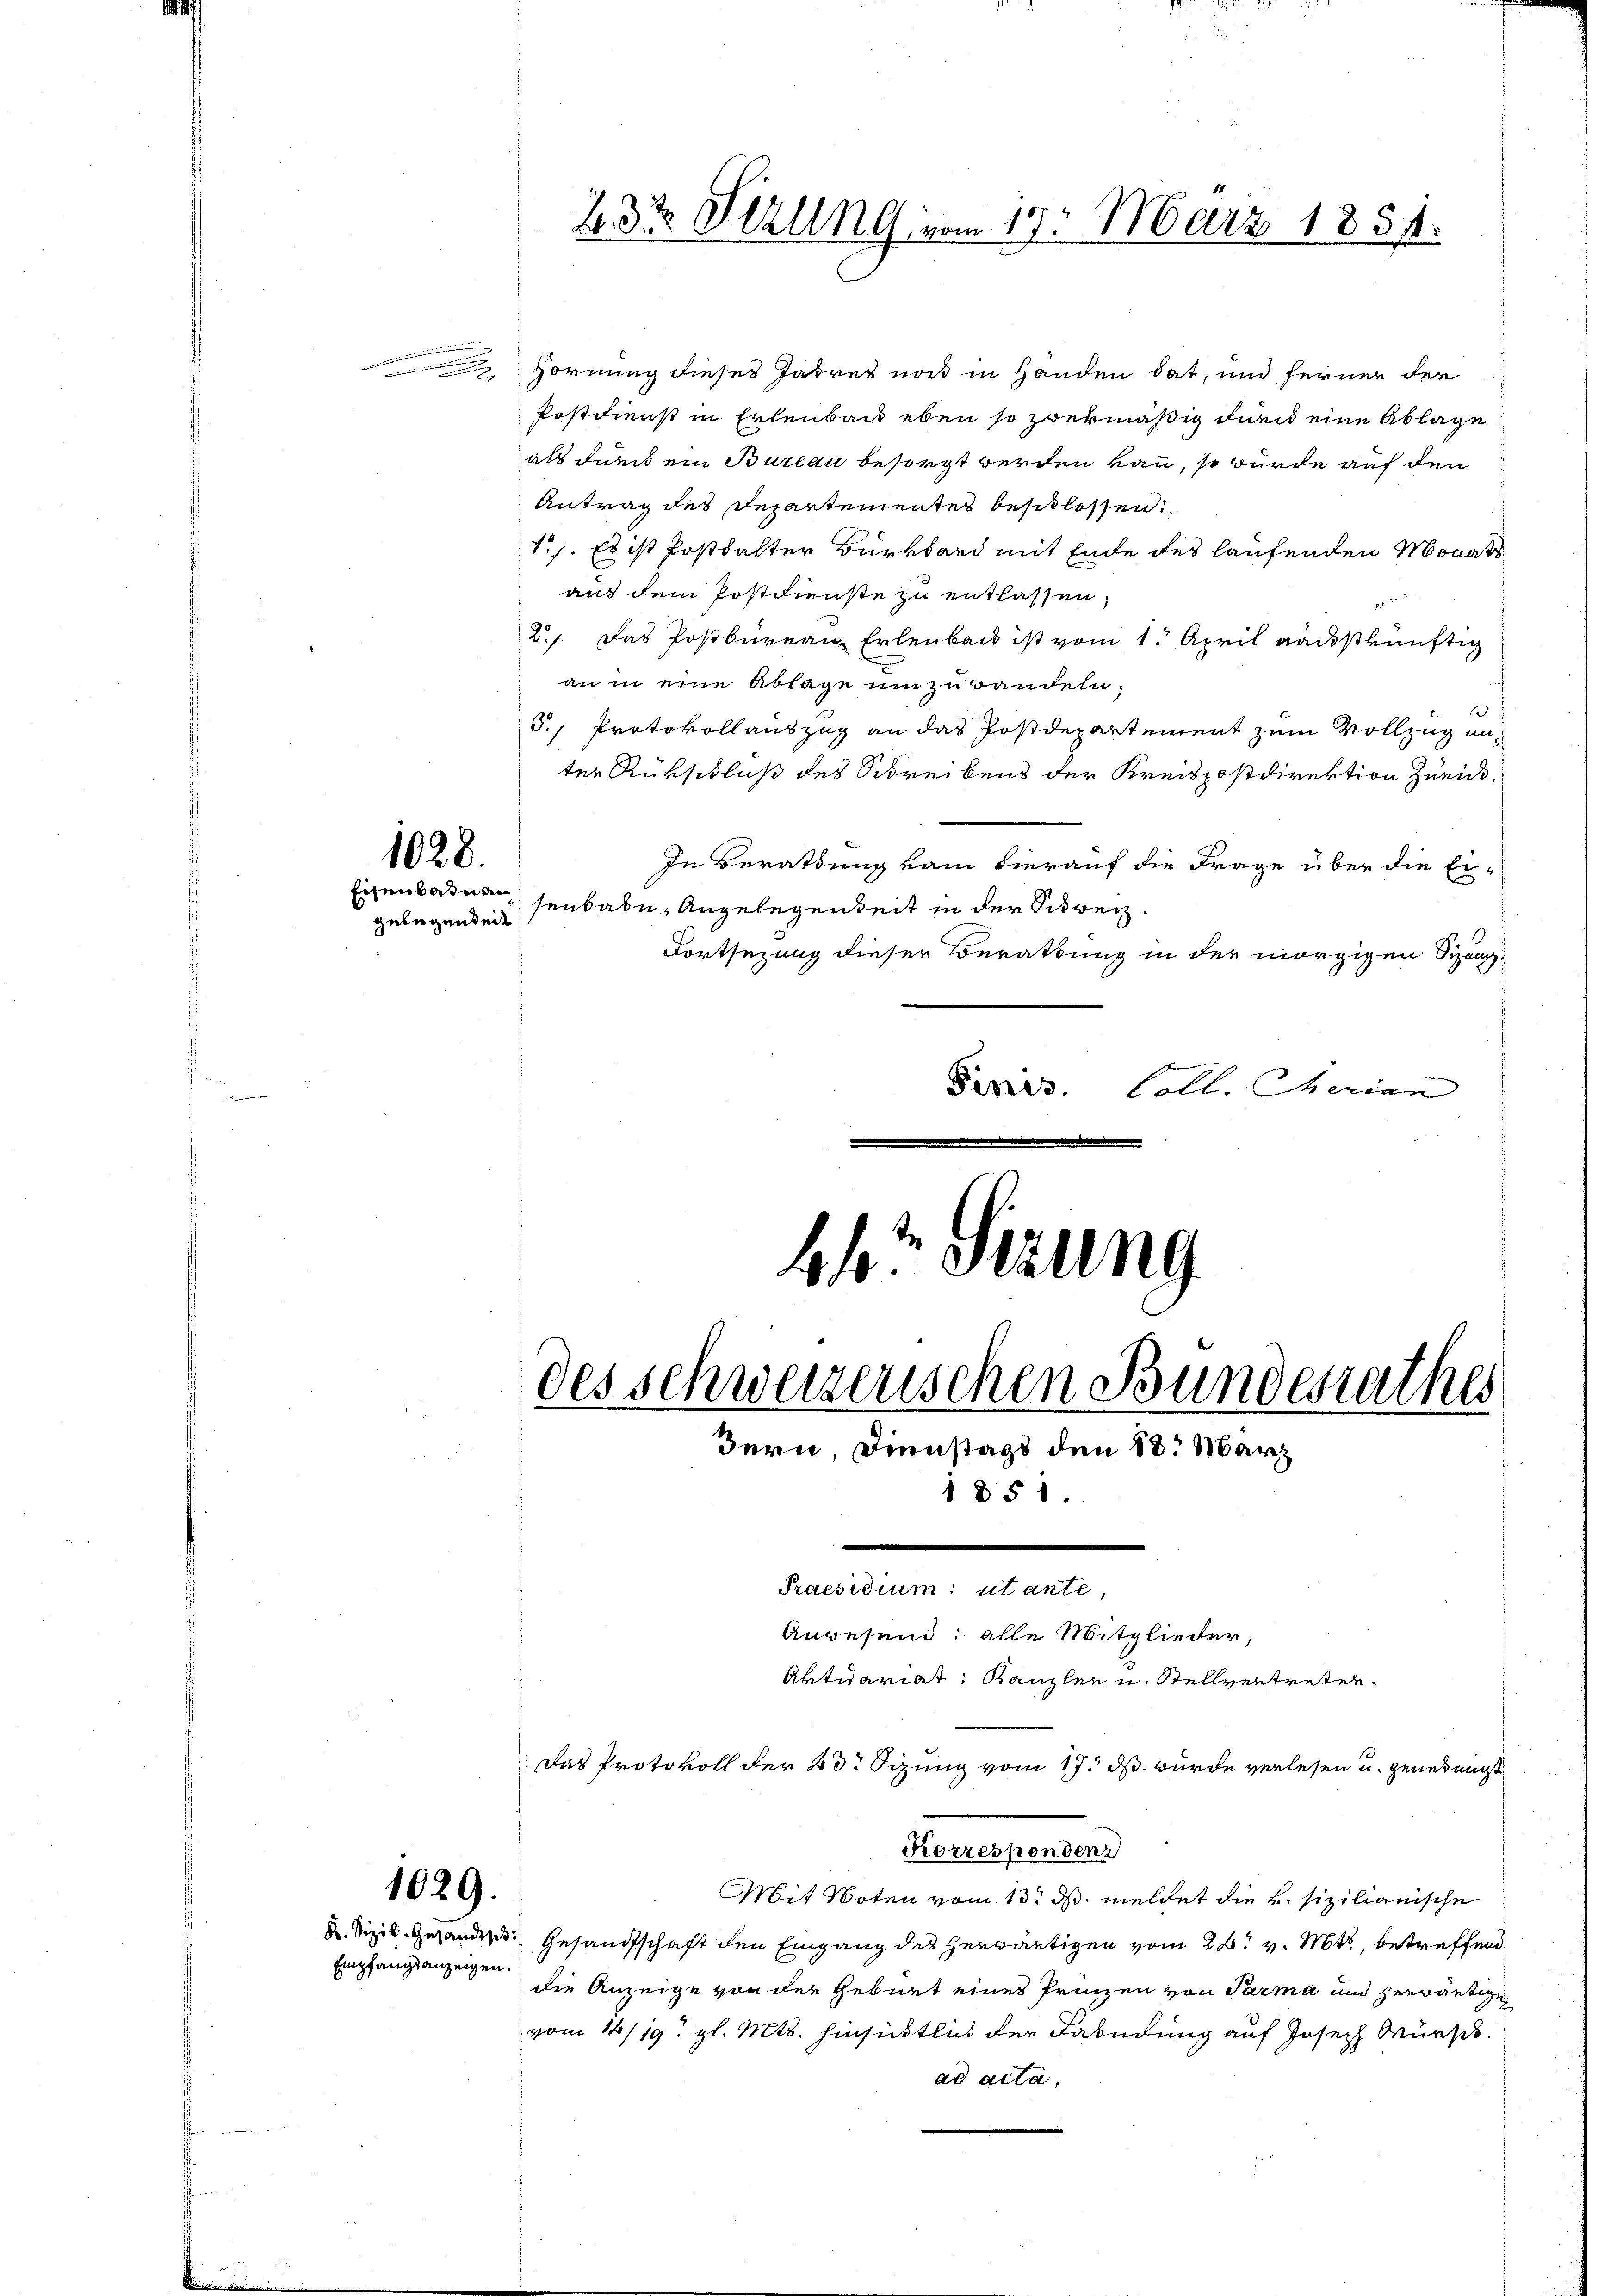
weiten
.

1028.
gelegenheit

Hornung dieses Jahres nos in Handen hat, und ferner der
Postdienst in Erlenbach eben so zwekmäßig durch eine Ablage
als durch ein Bureau besorgt werden kann, so würde auf den
Antrag des Departementes beschlossen.
1). Es ist Posthalter Burkhard mit Ende des laufenden Monats
aus dem Postdienste zu entlassen,
2. Das Postbüreau, Erlenbau ist vom 1. April aauskünftig
an in eine Ablage umzuwandeln.
1
5., Protokollauszug an das Postdepartement zum Vollzug anter Rükschluß des Schreibens der Kreispostdirektion Zürich.
In Berathung vom hierauf die Frage über die Ei-
Eisenbahnen, senkabe, Angelegenheit in der Schweiz.
Fortsezung dieser Berathung in der morgigen Sizang¬
Siris. Coll. Merian

1029.
Empfangsanzeigen.

23t Sezung vom 17. März 1851.

44 sezung
des schweizerischen Bunderrathes
Bern, Dienstags den 18. März
1851.
e
Praesidium: utante,
Anwesend: alle Mitglieder,
Aktuariat Kanzlen u. Stellvertreten.

Das Protokoll der 23. Sizung vom 17. ds. wurde verlesen u. genehmigt
Mit Noten vom 13. d. meldet die v. sizilianische
D Sizil. Gesanders Gesandtschaft den Eingang des herwärtigen vom 28. v. Mts., betreffend
die Anzeige von der Geburt eines Prinzen von Parma und zerwärtigen
vom 16/19. gl. Mts. hinsichtlich der Fahndung auf Joseph Würsch
ad acta,

Korrespendenz